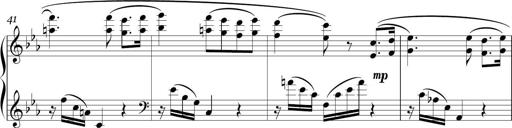
Title: Sonatina in E minor
Composer: Shuwen Zhang
Key: E minor